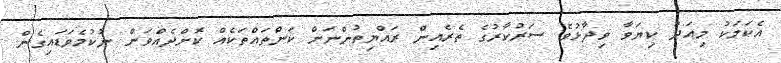
އެކަމަކު މިއަދު ކިޔަވާ ވިދާޅުވެ ސަރުކާރުގެ ތެރެއިން ރައްޔިތުންނަށް ކަންތައްތަކެއް ކޮށްދެއްވަން ނުކުމެވަޑައިގެން